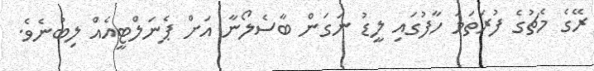
ރޭގެ މެޗުގެ ފުރަތަމަ ހާފުގައި ލީޑު ނަގަން ބާސެލޯނާ އަށް ޕެނަލްޓީއެއް ލިބުނެވެ.